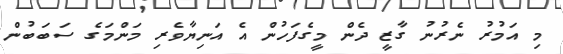
މި އަމުރު ނެރުނު ގާޒީ ދެން މީގެފަހުން އެ އަނިޔާވެރި މަންމަގެ ސަބަބުން